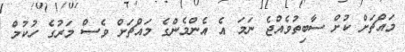
މައްޗަށް ކުށް ސާބިތުވެއްޖެ ނަމަ އެ އެންމެންގެ މައްޗަށް ވެސް މަރުގެ ހުކުމް